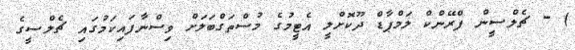
) - ޗެލްސީން ފްރޭންކް ލަމްޕާޑް ދޫކޮށްލީ އެޓީމުގެ މުސްތަގްބަލަށް ވިސްނާފައިކަމުގައި ޗެލްސީގެ